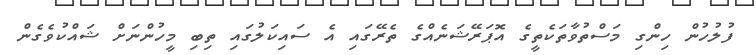
ފުލުހުން ހިންގި މަސްތުވާތަކެތީގެ އޮޕަރޭޝަނެއްގެ ތެރޭގައި އެ ސައިކަލުގައި ތިބި މީހުންނަށް ޝައްކުވެގެން